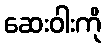
ဆေးဝါးကို